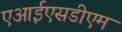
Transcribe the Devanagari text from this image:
एआईएसडीएम